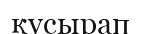
қусырап